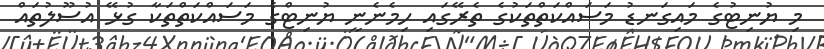
މި ޔުނިޓުގެ މައިގަނޑު މަސައްކަތްތަކުގެ ތެރޭގައި ހިމެނެނީ ޔުނިޓްގެ މަސައްކަތްތަކާ ގުޅޭ އުސޫލުތައް